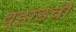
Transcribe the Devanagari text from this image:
वर्‍हाडची